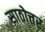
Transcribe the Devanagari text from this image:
साठोत्तर